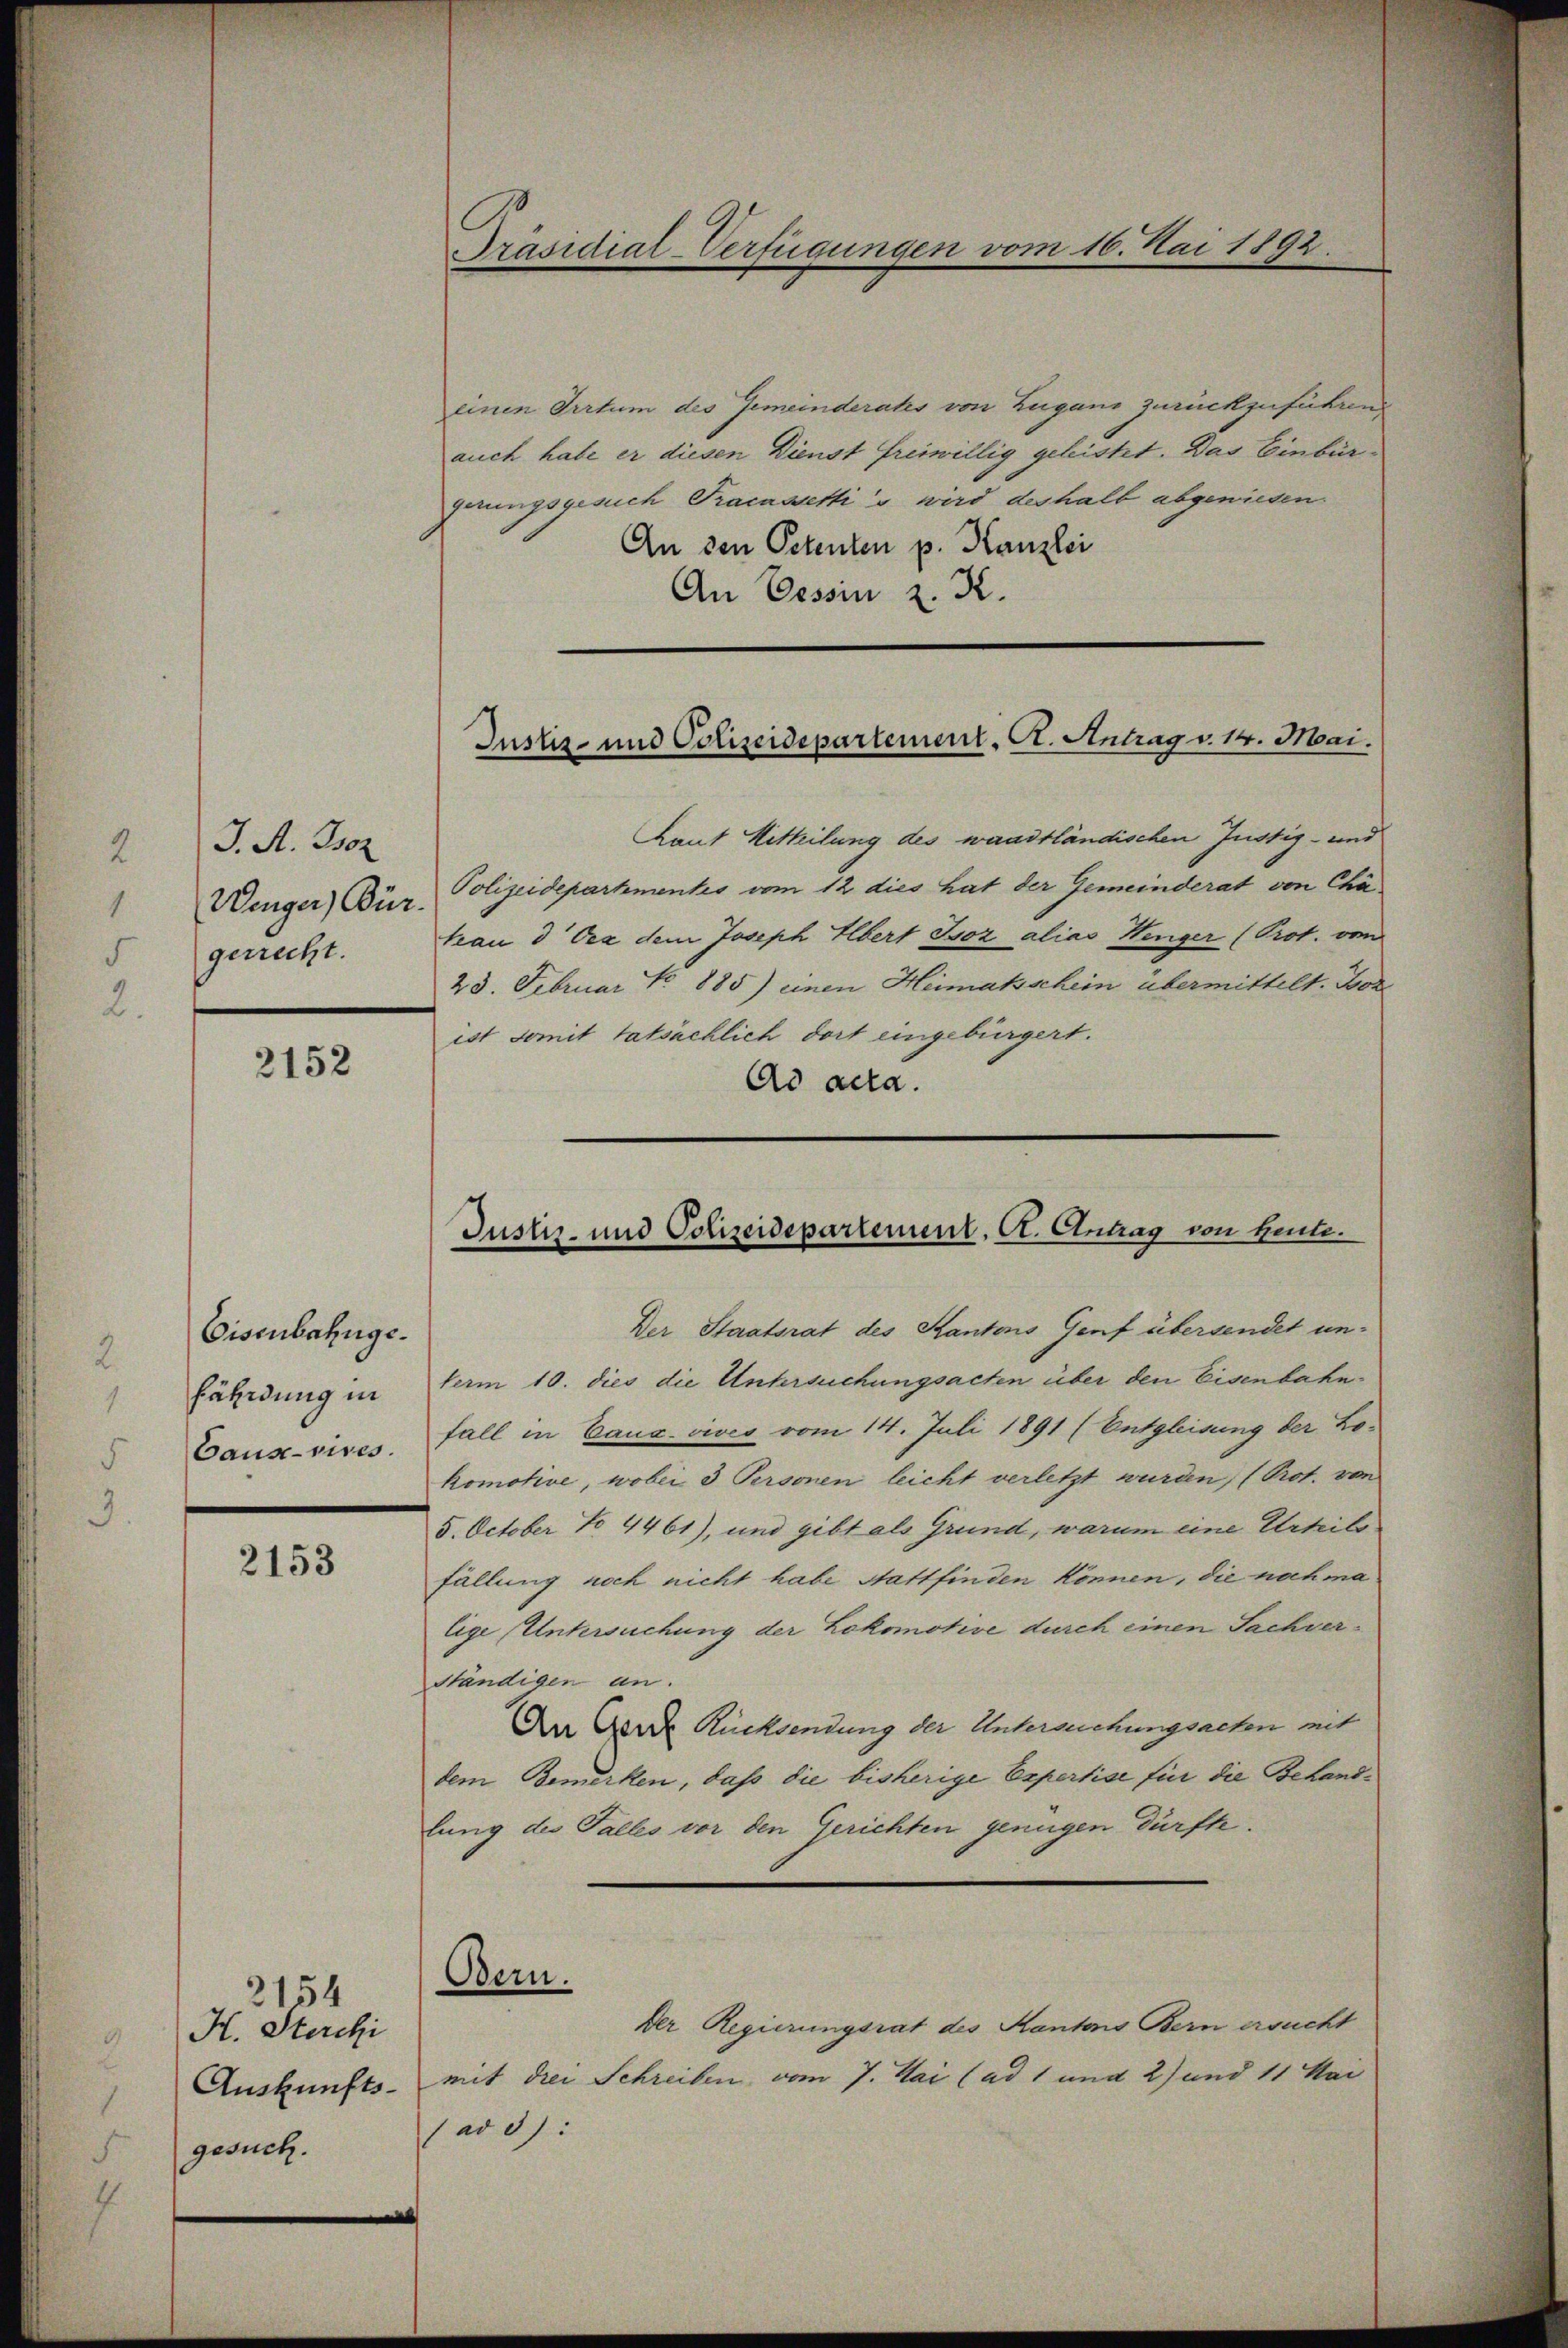
J. A. Boz
Wenger Bür
gerrecht.

2152

Eisenbahnge.
fährdung in
Caus-vires.

2153

2154
H. Sterchi
Auskunfts-
gesuch.

einen Irrtum des Gemeinderates von Zugano zurückzuführend
auch habe er diesen Dienst freiwillig geleistet. Das Einbürgerungsgesuch Pracassettis wird deshalb abgewiesen.
An den Petenten p. Kanzlei
An Cessin z. K.
Laut Mitteilung des waadtländischen Justiz- und
Polizeidepartementes vom 12 dies hat der Gemeinderat von Cha
teau d Oex dem Joseph Albert Boz alias Hinger (Prot. von
23. Februar No 885) einen Heimatsschein übermittelt. Bore
ist somit tatsächlich dort eingebürgert.
Ad acta.

Präsidial-Verfügungen vom 16. Mai 1892.

Justiz- und Polizeidepartement. Ct. Antrag v. 14. Mai.

Justiz- und Polizeidepartement. Ct. Antrag von heute.

Bern.

Der Staatsrat des Kantons Genf übersendet unterm 10. dies die Untersuchungsacten über den Eisenbahnfall in Canc vives vom 14. Juli 1891 (Entgleisung der Lokomotive, wobei 3 Personen leicht verletzt wurden, (Prot. von
5. October No 4461), und gibt als Grund, warum eine Urteil
fällung noch nicht habe stattfinden können, die nach ma
lige Untersuchung der Lokomotive durch einen Sachver¬
Ständigen an.
An der Rücksendung der Untersuchungsacten mit
dem Bemerken, daß die bisherige Expertise für die Behandlung des Talles vor den Gerichten genügen dürfte.
Der Regierungsrat des Kantons Bern ersucht
mit drei Schreiben vom 7. Mai (ad 1 und 2) und 11 Mai
(ad 3):